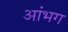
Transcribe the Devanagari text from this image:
आंभग